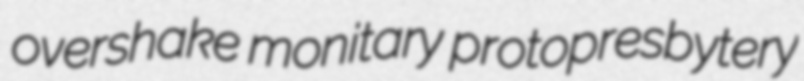
overshake monitary protopresbytery